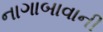
નાગાબાવાની